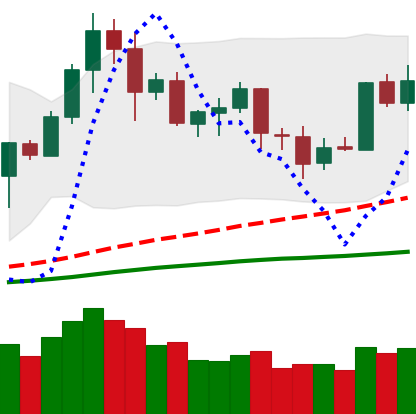
Ticker: LTC-USD
Chart end date: 2020-09-01
Forward return: -23.582%
Label: down_7plus